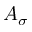
A _ { \sigma }